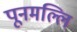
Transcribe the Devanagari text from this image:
पूनमल्लि